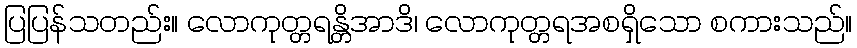
ပြပြန်သတည်း။ လောကုတ္တရန္တိအာဒိ၊ လောကုတ္တရအစရှိသော စကားသည်။